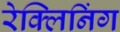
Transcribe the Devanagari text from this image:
रेक्लिनिंग